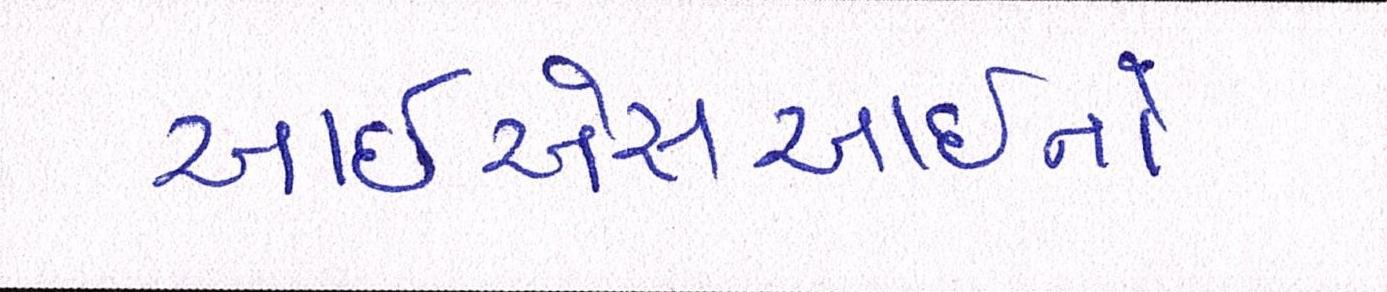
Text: આઇએસઆઇનો